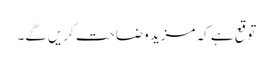
توقع ہے کہ مزید وضاحت کریں گے۔